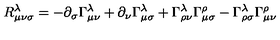
R _ { \mu \nu \sigma } ^ { \lambda } = - \partial _ { \sigma } \Gamma _ { \mu \nu } ^ { \lambda } + \partial _ { \nu } \Gamma _ { \mu \sigma } ^ { \lambda } + \Gamma _ { \rho \nu } ^ { \lambda } \Gamma _ { \mu \sigma } ^ { \rho } - \Gamma _ { \rho \sigma } ^ { \lambda } \Gamma _ { \mu \nu } ^ { \rho }